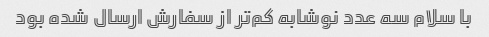
با سلام سه عدد نوشابه کم‌تر از سفارش ارسال شده بود